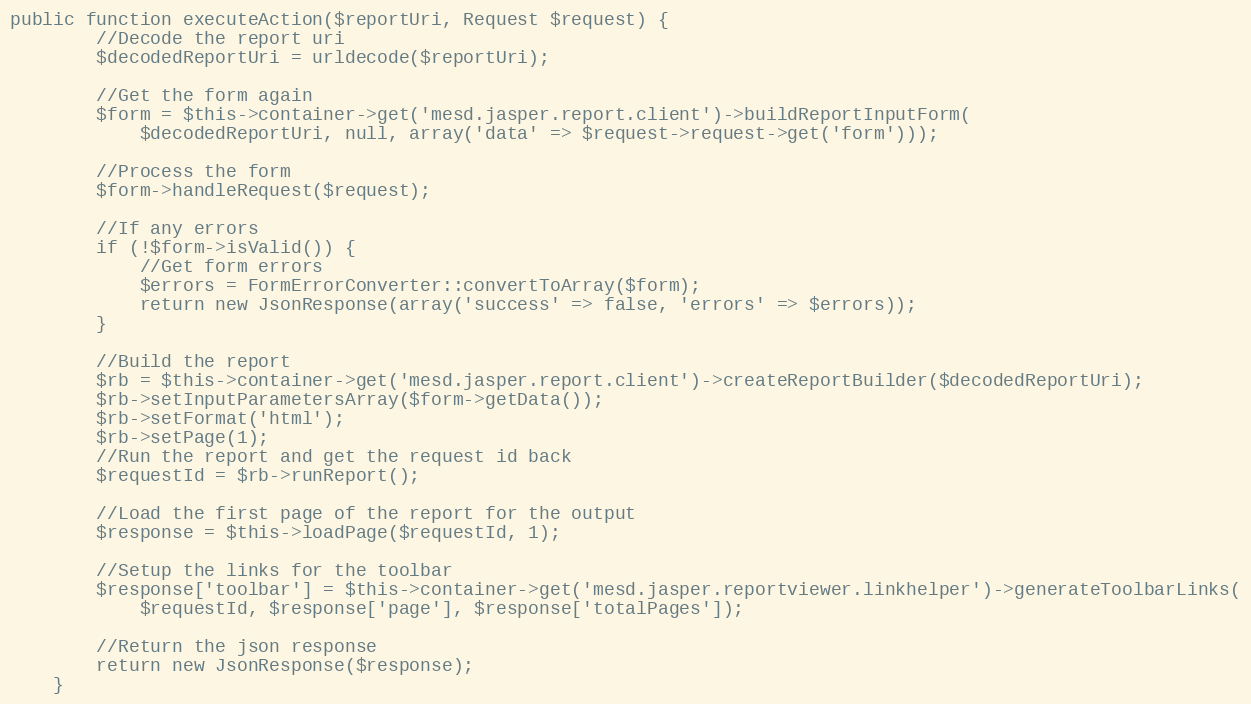
Language: PHP
public function executeAction($reportUri, Request $request) {
        //Decode the report uri
        $decodedReportUri = urldecode($reportUri);

        //Get the form again
        $form = $this->container->get('mesd.jasper.report.client')->buildReportInputForm(
            $decodedReportUri, null, array('data' => $request->request->get('form')));

        //Process the form
        $form->handleRequest($request);

        //If any errors
        if (!$form->isValid()) {
            //Get form errors
            $errors = FormErrorConverter::convertToArray($form);
            return new JsonResponse(array('success' => false, 'errors' => $errors));
        }

        //Build the report
        $rb = $this->container->get('mesd.jasper.report.client')->createReportBuilder($decodedReportUri);
        $rb->setInputParametersArray($form->getData());
        $rb->setFormat('html');
        $rb->setPage(1);
        //Run the report and get the request id back
        $requestId = $rb->runReport();

        //Load the first page of the report for the output
        $response = $this->loadPage($requestId, 1);

        //Setup the links for the toolbar
        $response['toolbar'] = $this->container->get('mesd.jasper.reportviewer.linkhelper')->generateToolbarLinks(
            $requestId, $response['page'], $response['totalPages']);

        //Return the json response
        return new JsonResponse($response);
    }